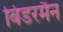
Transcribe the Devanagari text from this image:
बिडरमैन